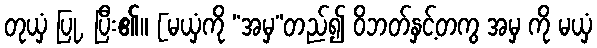
တုယှံ ပြု, ပြီး၏။ [မယှံကို “အမှ”တည်၍ ဝိဘတ်နှင့်တကွ အမှ ကို မယှံ